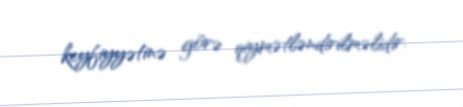
keyfiyyətinə görə qiymətləndirilməlidir.